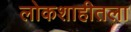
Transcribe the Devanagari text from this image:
लोकशाहीतला